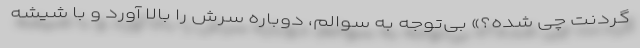
گردنت چی شده؟» بی‌توجه به سوالم، دوباره سرش را بالا آورد و با شیشه